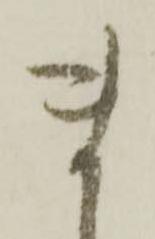
ま